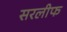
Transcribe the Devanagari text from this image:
सरलीफ